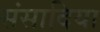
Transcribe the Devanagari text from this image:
संसादिया